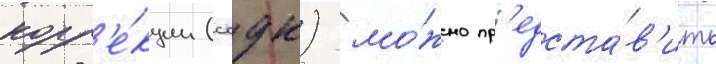
корр'е́кции (ссдк) мо́жно пр'едста́в'ить